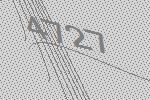
4727